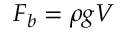
F _ { b } = \rho g V